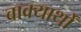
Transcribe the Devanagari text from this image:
वाक्यार्थों